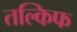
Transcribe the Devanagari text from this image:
तल्किफ